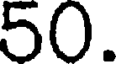
50.